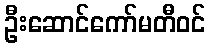
ဦးဆောင်ကော်မတီဝင်